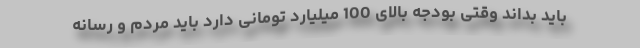
باید بداند وقتی بودجه بالای 100 میلیارد تومانی دارد باید مردم و رسانه